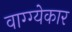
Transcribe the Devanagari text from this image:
वाग्ग्येकार